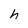
Character: h